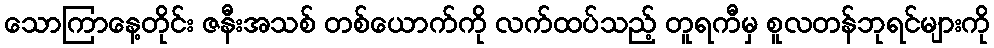
သောကြာနေ့တိုင်း ဇနီးအသစ် တစ်ယောက်ကို လက်ထပ်သည့် တူရကီမှ စူလတန်ဘုရင်များကို